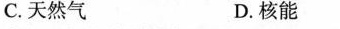
C.天然气 D.核能